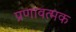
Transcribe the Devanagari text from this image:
प्रणावत्मक